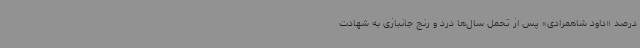
درصد «داود شاهمرادی» پس از تحمل سال‌ها درد و رنج جانبازی به شهادت